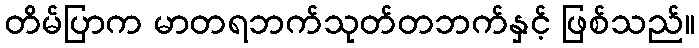
တိမ်ပြာက မာတရဘက်သုတ်တဘက်နှင့် ဖြစ်သည်။